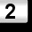
Digit: 2